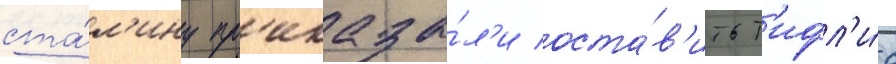
ста́л'ину пр'иказа́л'и оста́в'ить т'ифл'и́с